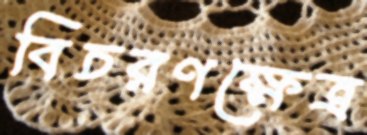
বিচরণক্ষেত্র